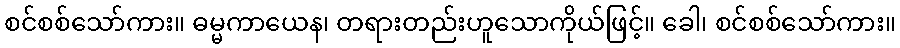
စင်စစ်သော်ကား။ ဓမ္မကာယေန၊ တရားတည်းဟူသောကိုယ်ဖြင့်။ ခေါ၊ စင်စစ်သော်ကား။